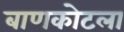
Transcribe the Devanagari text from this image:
बाणकोटला